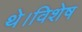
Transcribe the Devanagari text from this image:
थे।विशेष